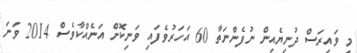
މި ވައިރަސް ދުނިޔެއިން ނުފެންނަތާ 60 އަހަރުވެފައި ވަނިކޮށް އަނެއްކާވެސް 2014 ވަނަ